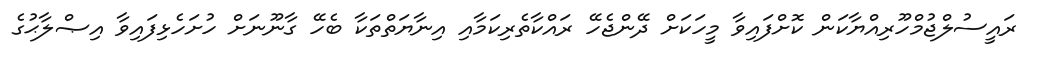
ރައީސުލްޖުމްހޫރިއްޔާކަން ކޮށްފައިވާ މީހަކަށް ދޭންޖެހޭ ރައްކާތެރިކަމާއި އިނާޔަތްތަކާ ބެހޭ ގާނޫނަށް ހުށަހެޅިފައިވާ އިޞްލާޙުގެ